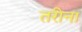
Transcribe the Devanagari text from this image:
तरीना